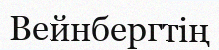
Вейнбергтің